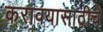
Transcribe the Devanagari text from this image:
करावयासाठीचे